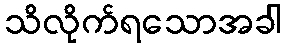
သိလိုက်ရသောအခါ